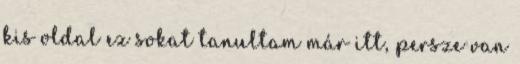
kis oldal ez sokat tanultam már itt, persze van